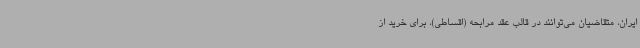
ایران، متقاضیان می‌توانند در قالب عقد مرابحه (اقساطی)، برای خرید از